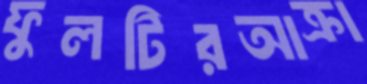
ফুলটিরআক্রা